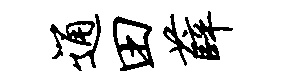
通田薛